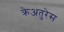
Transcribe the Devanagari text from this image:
क्रेअतुरेस